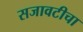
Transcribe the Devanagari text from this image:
सजावटीचा